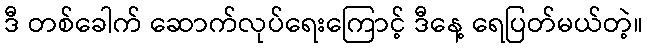
ဒီ တစ်ခေါက် ဆောက်လုပ်ရေးကြောင့် ဒီနေ့ ရေပြတ်မယ်တဲ့။